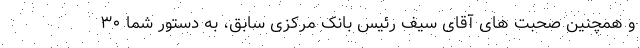
و همچنین صحبت های آقای سیف رئیس بانک مرکزی سابق، به دستور شما ۳۰